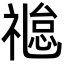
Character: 𬓐